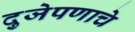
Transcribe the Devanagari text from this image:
दुजेपणाचे